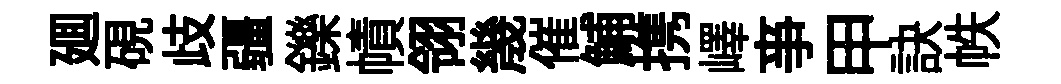
廽硯歧疆鑠幘翎㡬催鯆携嶧亊甲訣帙